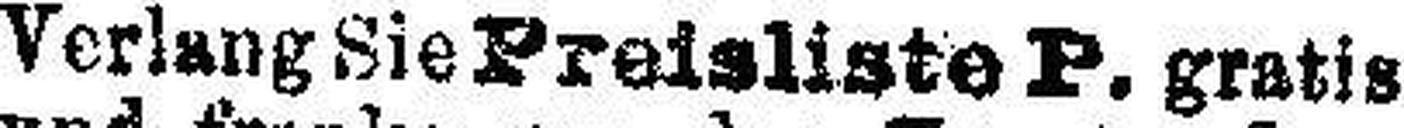
Verlang Sie Preisliste P. gratis